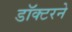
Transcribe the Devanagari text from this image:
डॉक्‍टरने